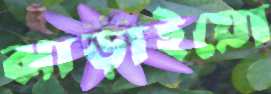
ঝাড়াইয়ো